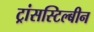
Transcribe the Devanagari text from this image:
ट्रांसस्टिल्बीन